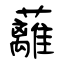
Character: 蘺